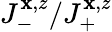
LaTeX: J_{-}^{\mathbf{x},z}/J_{+}^{\mathbf{x},z}